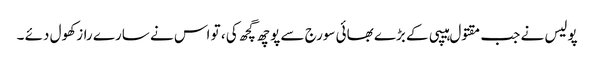
پولیس نے جب مقتول ہیپی کے بڑے بھائی سورج سے پوچھ گچھ کی ، تو اس نے سارے راز کھول دئے ۔